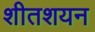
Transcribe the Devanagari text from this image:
शीतशयन